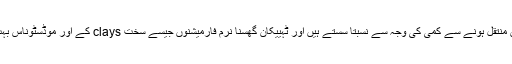
ان حصوں میں منتقل ہونے سے کمی کی وجہ سے نسبتاً سستے ہیں اور ٹہییکان گھسنا نرم فارمیشنوں جیسے سخت clays کے اور موڈسٹوناس بہت تیزی سے ۔